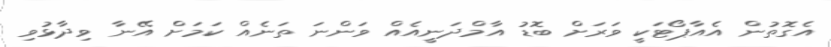
އެގޮތުން އެއާޕޯޓަކީ ވަރަށް ބޮޑު އާމްދަނީއެއް ވަންނަ ތަނެއް ކަމަށް އޭނާ ވިދާޅުވި